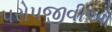
પરોપજીવીઓ